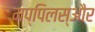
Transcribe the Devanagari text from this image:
मप्पिलस्और